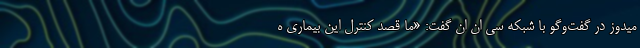
میدوز در گفت‌وگو با شبکه سی ان ان گفت: «ما قصد کنترل این بیماری ه